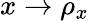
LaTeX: x\rightarrow\rho_{x}